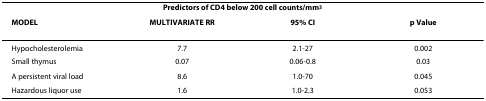
| <COLSPAN=4> Predictors of CD4 below 200 cell counts/mm3 |
 | MODEL | MULTIVARIATE RR | 95% CI | p Value |
 | --- | --- | --- | --- |
 | Hypocholesterolemia | 7.7 | 2.1-27 | 0.002 |
 | Small thymus | 0.07 | 0.06-0.8 | 0.03 |
 | A persistent viral load | 8.6 | 1.0-70 | 0.045 |
 | Hazardous liquor use | 1.6 | 1.0-2.3 | 0.053 |